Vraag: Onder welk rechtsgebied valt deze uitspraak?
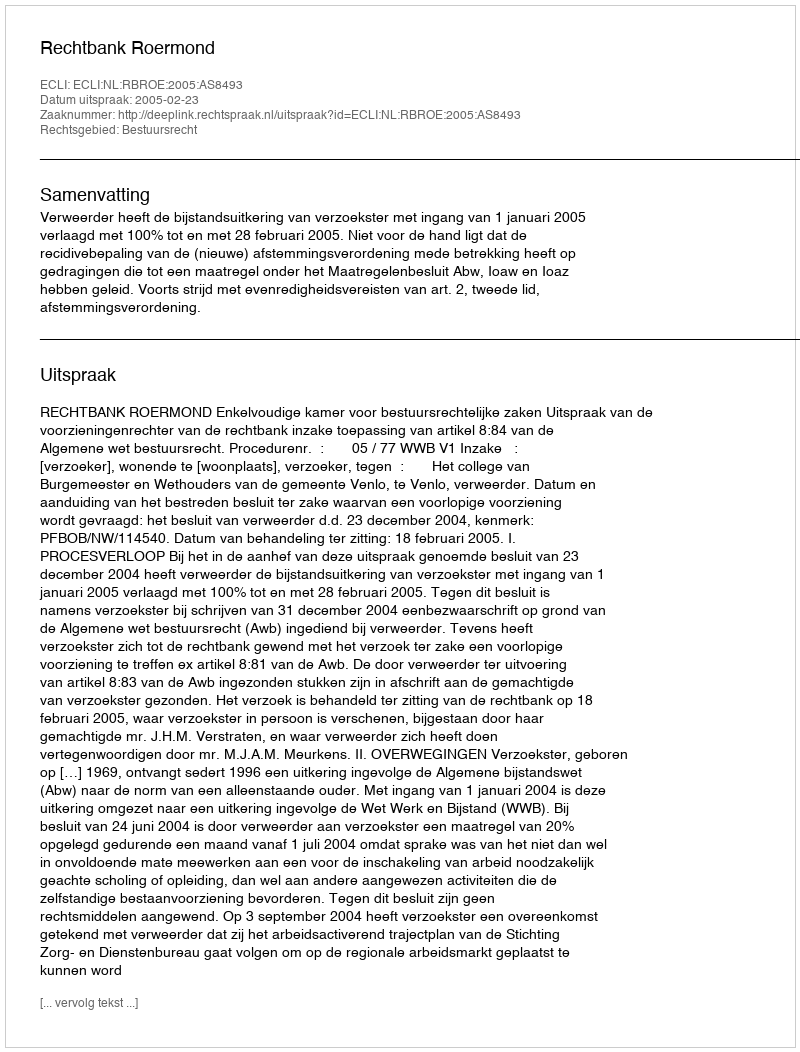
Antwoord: Bestuursrecht